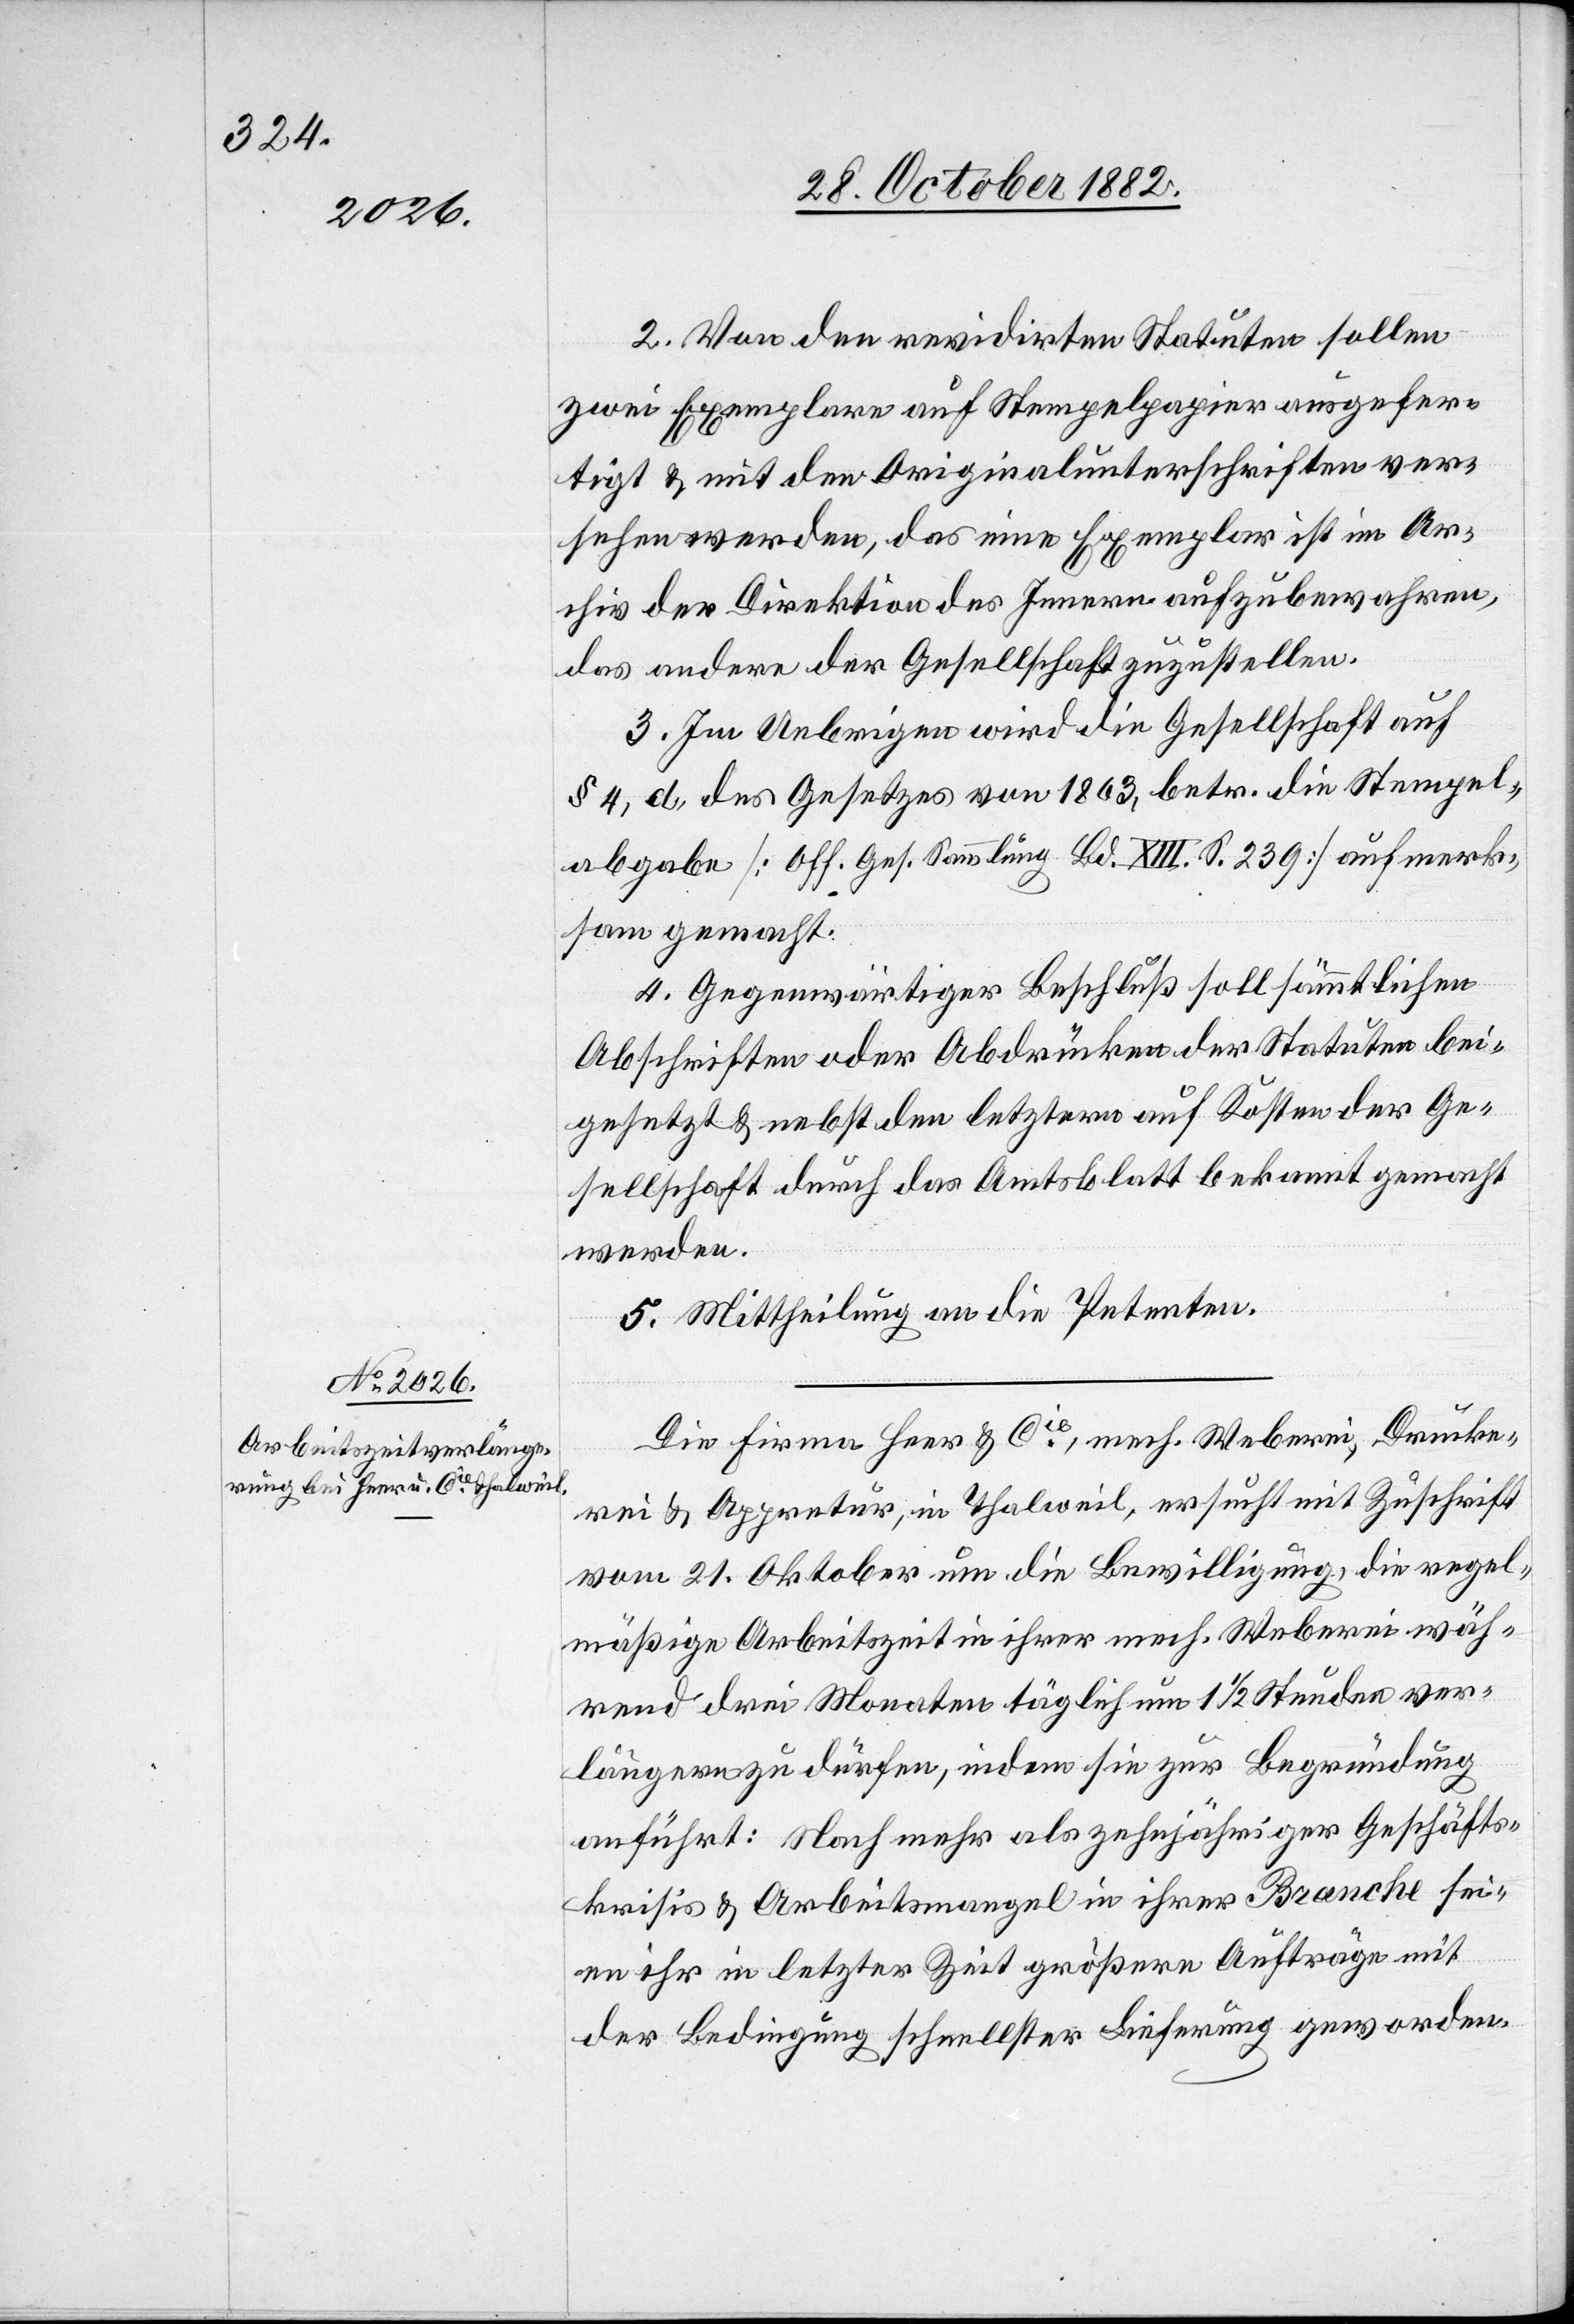
2. Von den revidirten Statuten sollen
zwei Exemplare auf Stempelpapier ausgefer¬
tigt & mit den Originalunterschriften ver¬
sehen werden, das eine Exemplar ist im Ar¬
chiv der Direktion des Innern aufzubewahren,
das andere der Gesellschaft zuzustellen.
3. Im Uebrigen wird die Gesellschaft auf
§ 4, d. des Gesetzes von 1863, betr. die Stempel¬
abgabe [Off. Ges. Sammlung Bd. XIII. S. 239] aufmerk¬
sam gemacht.
4. Gegenwärtiger Beschluß soll sämmtlichen
Abschriften oder Abdrücken der Statuten bei¬
gesetzt & nebst den letztern auf Kosten der Ge¬
sellschaft durch das Amtsblatt bekannt gemacht
werden.
5. Mittheilung an die Petenten
Die Firma Heer & Cie, mech. Weberei, Drucke¬
rei & Appretur, in Thalweil, ersucht mit Zuschrift
vom 21. Oktober um die Bewilligung, die regel¬
mäßige Arbeitszeit in ihrer mech. Weberei wäh¬
rend drei Monaten täglich um 1 1/2 Stunden ver¬
längern zu dürfen, indem sie zur Begründung
anführt: Nach mehr als zehnjähriger Geschäfts¬
krisis & Arbeitsmangel in ihrer Branche sei¬
en ihr in letzter Zeit größere Aufträge mit
der Bedingung schnellster Lieferung [zuteil] geworden.